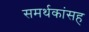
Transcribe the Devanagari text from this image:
समर्थकांसह